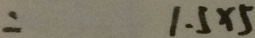
= 1 . 5 \times 5